Vaccine operations Central Provinces 1868-1885 - 1868-1885
Year: 1868
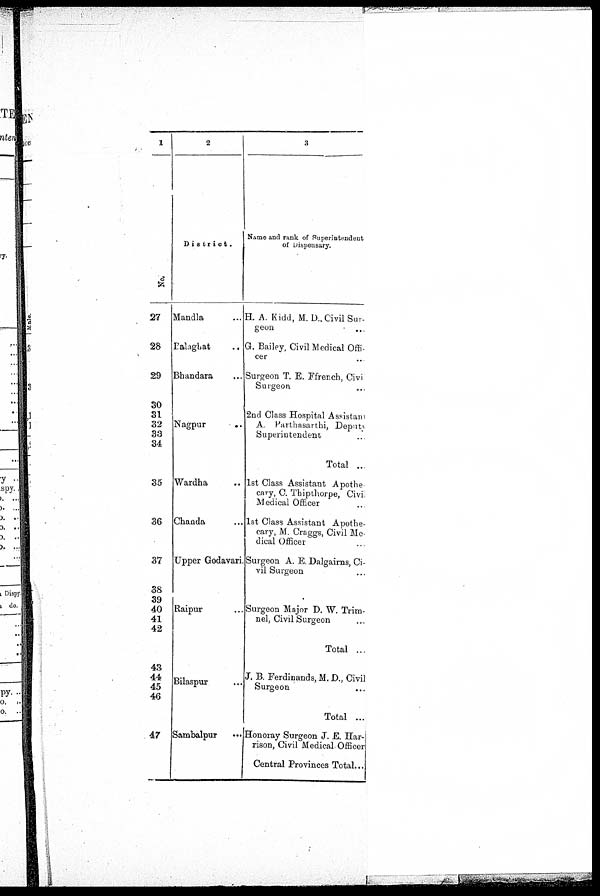
1
No.
27
28
29
30
31
32
33
34
35
36
37
38
39
40
41
42
43
44
45
46
47
2
District.
Mandla …
Palghat
...
Bhandara …
Nagpur
..
Wardha ..
Chanda …
Upper Godavari.
Raipur …
Bilaspur …
Sambalpur
...
3
Name and rank of Superintendent
of Dispensary.
H.A. Kidd, M. D., Civil Sur-
----
G. Bailey, Civil Medical Offi-
cer
Surgeon T. E. E french, Civi
Surgeon
2nd Class Hospital Assistant
A Parthasarthi, Deputy
Superintendent
Total ..
1st Class Assistant Apothe
cary, C. Thipthorpe, Civil
Medical Officer ..
1st Class Assistant Apothe-
cary, M. Craggs, Civil Me-
dical Officer …
Surgeon A. E. Dalgairns, Ci-
vil Surgeon …
Surgeon Major D. W. Trim¬
nel, Civil Surgeon …
Total ...
J. B. Ferdinands, M. D., Civil
Surgeon …
Total ...
Honoray Surgeon J. E. Har-
rison, Civil Medical Officer
Central Provinces Total ...